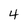
Character: 4